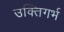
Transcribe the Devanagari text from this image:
उक्तिगर्भ